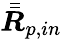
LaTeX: \bar{\bar{\boldsymbol{R}}}_{p,in}